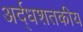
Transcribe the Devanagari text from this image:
अर्द्धशतकीय